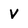
Character: v